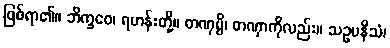
ဖြစ်ရာ၏။ ဘိက္ခဝေ၊ ရဟန်းတို့။ တဏှမ္ပိ၊ တဏှာကိုလည်း။ သဥပနိသံ၊